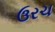
ઉરચ